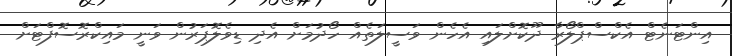
އިންޓަނެޓް އެކްސްޕްލޯރާ ދޫކޮށްލައި އެހެން ވަސީލަތެއް ހޯދުމަށް އެދި ޑިވެލޮޕަރުން ވަނީ މައިކްރޮސޮފްޓަށް